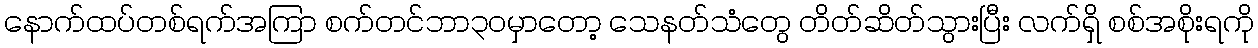
နောက်ထပ်တစ်ရက်အကြာ စက်တင်ဘာ၃၀မှာတော့ သေနတ်သံတွေ တိတ်ဆိတ်သွားပြီး လက်ရှိ စစ်အစိုးရကို